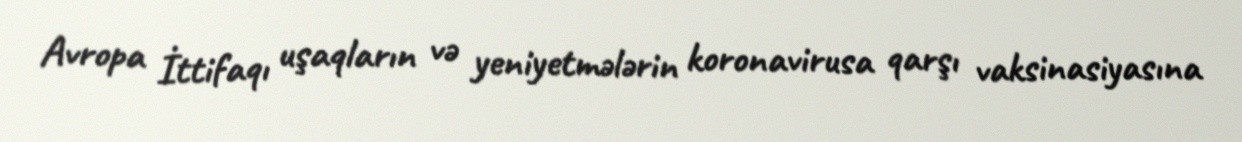
Avropa İttifaqı uşaqların və yeniyetmələrin koronavirusa qarşı vaksinasiyasına